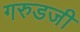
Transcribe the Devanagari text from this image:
गरुडजी